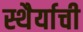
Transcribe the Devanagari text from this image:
स्थैर्याची